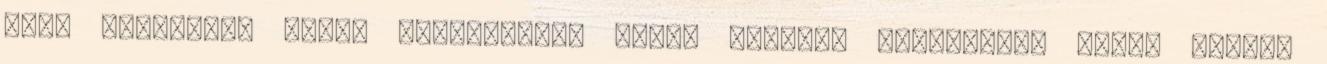
Szép soraidért hálás köszönetem, drága Piroska Csodaszép, ahogy nézed,